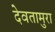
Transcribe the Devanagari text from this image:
देवतामुरा